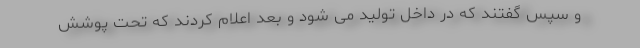
و سپس گفتند که در داخل تولید می شود و بعد اعلام کردند که تحت پوشش